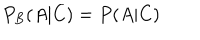
P _ { B } ( A | C ) = P ( A | C )